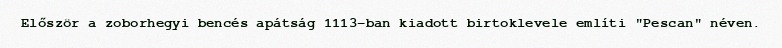
Először a zoborhegyi bencés apátság 1113-ban kiadott birtoklevele említi "Pescan" néven.